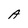
Character: A